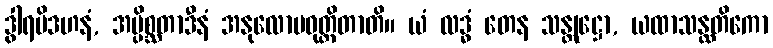
ဒွါရပိဒဟနံ, အပ္ပိစ္ဆတာဒီနံ အနုလောမဝုတ္တိတာတိ။ ယံ လဒ္ဓံ တေန သန္တုဋ္ဌော, ယထာသန္ထတိကော